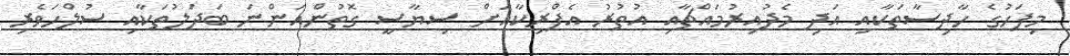
މިފަހުގެ ހާދިސާތަކާއި އަދި މެދުއިރުމައްޗާއި އުތުރު އެފްރިކާއަށް ސިޔާސީ ގޮތުންއަންނަ ބަދަލުތަކާއި ސުލްހަވެރި